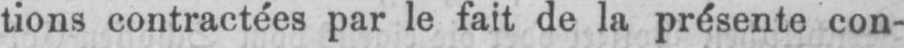
tions contractées par le fait de la présente con-